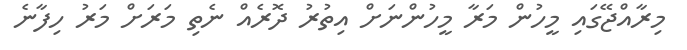
މިރާއްޖޭގައި މީހުން މަރާ މީހުންނަށް އިތުރު ދޮރެއް ނެތި މަރަށް މަރު ހިފާނެ